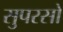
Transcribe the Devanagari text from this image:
सुपरसो